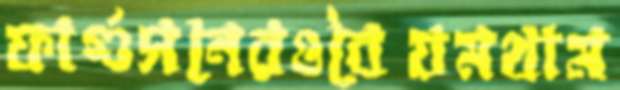
ফার্গুসনেরওবৈয়মথাম